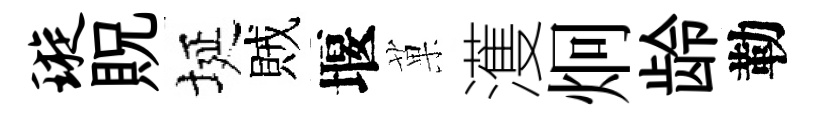
璇貺埏賊堰菓濩炯龄勒